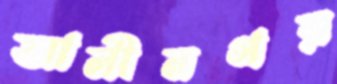
আলীনগর